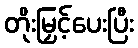
တိုးမြှင့်ပေးပြီး